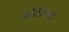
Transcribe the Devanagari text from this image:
स्रोताकडे